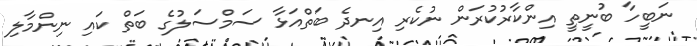
ނަބީހާ ބުނީތީ އިންކާރުކުރަން ނުކެރި އިނދެ ބަތްއަޅާ ސަމްސަލުގެ ބަތް ކައި ނިންމާލި